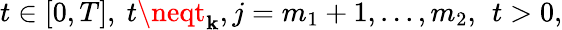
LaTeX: t\in[0,T],\ t\neqt_{\mathbf{k}},j=m_{1}+1,...,m_{2},\, \ t>0,